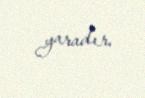
yaradır.